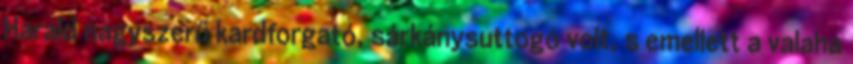
Harald nagyszerű kardforgató, sárkánysuttogó volt, s emellett a valaha